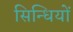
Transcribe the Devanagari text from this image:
सिन्धियों